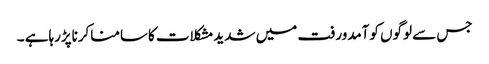
جس سے لوگوں کوآمدورفت میں شدیدمشکلات کاسامناکرناپڑرہاہے ۔